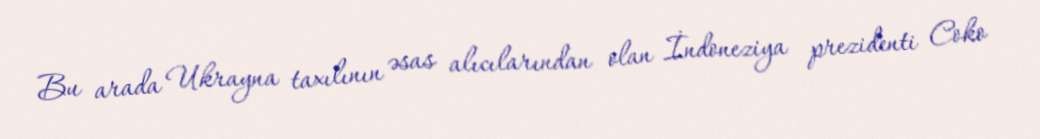
Bu arada Ukrayna taxılının əsas alıcılarından olan İndoneziya prezidenti Coko